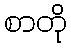
စာတို